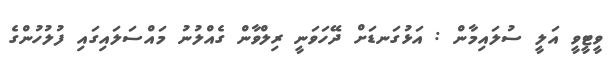
ވީޓީވީ އަލީ ސުލައިމާން : އަޅުގަނޑަށް ދޭހަވަނީ ރިލްވާން ގެއްލުނު މައްސަލައިގައި ފުލުހުންގެ